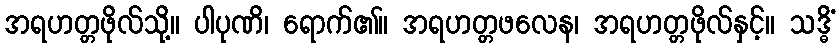
အရဟတ္တဖိုလ်သို့။ ပါပုဏိ၊ ရောက်၏။ အရဟတ္တဖလေန၊ အရဟတ္တဖိုလ်နှင့်။ သဒ္ဓိံ